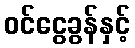
ဝင်ငွေခွန်နှင့်